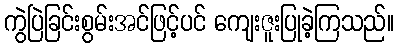
ကွဲပြဲခြင်းစွမ်းအင်ဖြင့်ပင် ကျေးဇူးပြုခဲ့ကြသည်။